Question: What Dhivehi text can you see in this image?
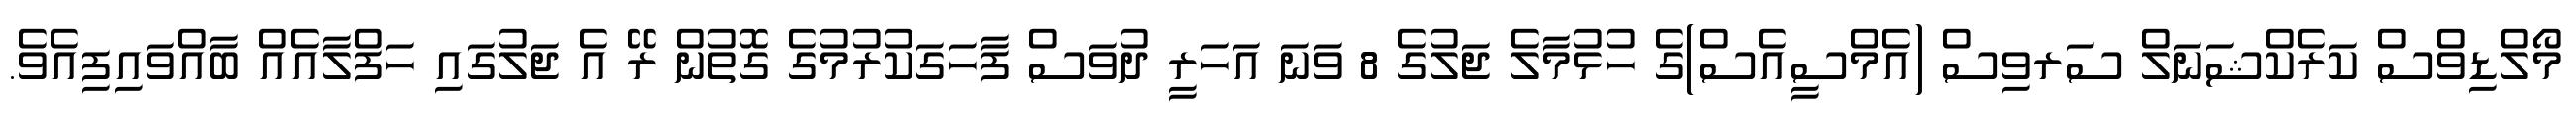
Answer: މޯލްޑިވްސް ކަރެކްޝަނަލް ސަރވިސް (އެމްސީއެސް)ގެ ހުޅުމާލެ ޖަލުގެ 8 ވަނަ އަހަރީ ދުވަސް ފާހަގަކުރުމުގެ ގޮތުން ރޭ އެ ޖަލުގައި ހަފްލާއެއް ބާއްވައިފިއެވެ.